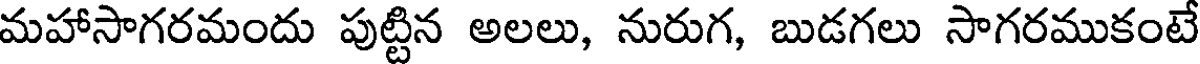
మహాసాగరమందు పుట్టిన అలలు, నురుగ, బుడగలు సాగరముకంటే